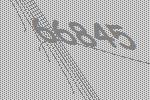
66845